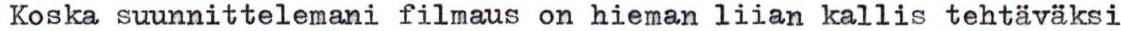
Koska suunnittelemani filmaus on hieman liian kallis tehtäväaksi